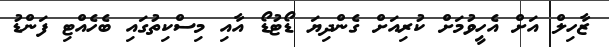
ޒާހިލް އަށް އެހީވުމަށް ކުރިއަށް ގެންދިޔަ ޑޯޓުޑޯ އާއި މިސްކިތުގައި ބެހެއްޓި ފަންޑު